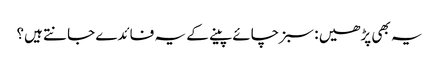
یہ بھی پڑھیں : سبز چائے پینے کے یہ فائدے جانتے ہیں؟